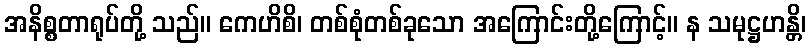
အနိစ္စတာရုပ်တို့ သည်။ ကေဟိစိ၊ တစ်စုံတစ်ခုသော အကြောင်းတို့ကြောင့်။ န သမုဋ္ဌဟန္တိ၊